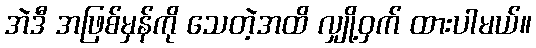
အဲဒီ အဖြစ်မှန်ကို သေတဲ့အထိ လျှို့ဝှက် ထားပါမယ်။